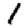
Digit: 1